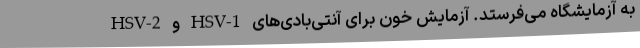
به آزمایشگاه می‌فرستد. آزمایش خون برای آنتی‌بادی‌های HSV-1 و HSV-2